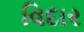
વિદાર